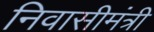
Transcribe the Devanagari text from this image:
निवासीमंत्री